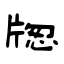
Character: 牎